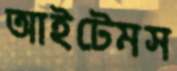
আইটেমস